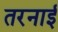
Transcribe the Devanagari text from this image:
तरनाई